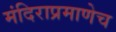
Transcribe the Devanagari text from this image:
मंदिराप्रमाणेच